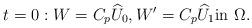
LaTeX: \begin{align*} t=0:W=C_p \widehat U_0, W'=C_p\widehat U_1\hbox{in } \Omega.\end{align*}